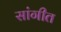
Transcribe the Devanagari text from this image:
सांगीत